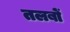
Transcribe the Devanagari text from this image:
तलबों